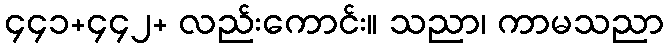
၄၄၁+၄၄၂+ လည်းကောင်း။ သညာ၊ ကာမသညာ